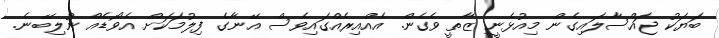
ބަޔަކު ޖައްސާލައިގެން މިއުޅެނީ ޒާތީ ވެގެން. އެއްއިރެއްގައިވެސް އޭނާގެ ފިލުމަކަށް އެވޯޑެއް ނުލިބޭނެ.